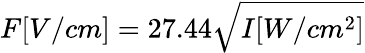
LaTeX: F[V/cm]=27.44\sqrt{I[W/cm^{2}]}